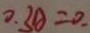
0 . 3 0 = 0 .